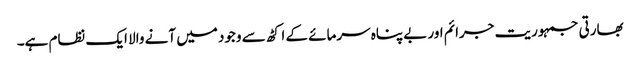
بھارتی جمہوریت جرائم اور بے پناہ سرمائے کے اکٹھ سے وجود میں آنے والا ایک نظام ہے۔